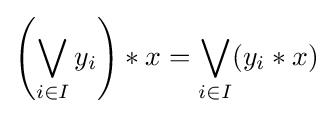
\left(\bigvee _{i\in I}{y_{i}}\right)*{x}=\bigvee _{i\in I}(y_{i}*x)